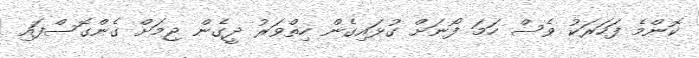
ކޮންމެ ފަހަރަކު ވެސް ހަމަ ފޯނަށް ގުޅައިގެން ހިތްވަރު ދީގެން ޖިމަށް ގެންގޮސްފައި